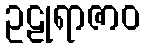
ဥဠုရာဇာဝ